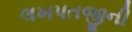
લખપતજીની